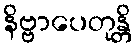
နိဗ္ဗာပေတုန္တိ